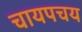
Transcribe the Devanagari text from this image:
चायपचय